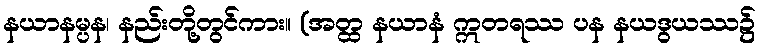
နယာနမ္ပန၊ နည်းတို့တွင်ကား။ (အတ္ထ နယာနံ ဣတရဿ ပန နယဒွယဿ၌